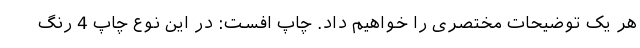
هر یک توضیحات مختصری را خواهیم داد. چاپ افست: در این نوع چاپ 4 رنگ